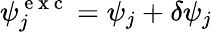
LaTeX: \psi_{j}^{\mathrm{~e~x~c~}}=\psi_{j}+\delta\psi_{j}